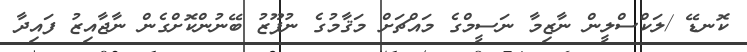
ކޮނޑޭ /ލަކްސްލީން ނާޒިމާ ނަސީމްގެ މައްޗަށް މަޤާމުގެ ނުފޫޒު ބޭނުންކޮށްގެން ނާޖާއިޒު ފައިދާ